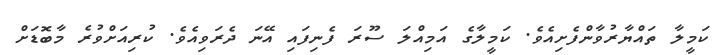
ކަމީލާ ތައްޔާރުވާންފެށިއެވެ. ކަމީލާގެ އަމިއްލަ ސޫރަ ފެނިފައި އޭނަ ދެރަވިއެވެ. ކުރިއަށްވުރެ މާބޮޑަށް